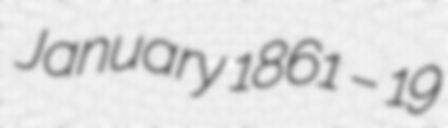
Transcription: January 1861 – 19